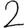
Digit: 2